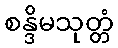
စန္ဒိမသုတ္တံ